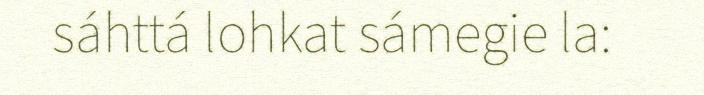
sáhttá lohkat sámegie la: